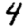
Digit: 4